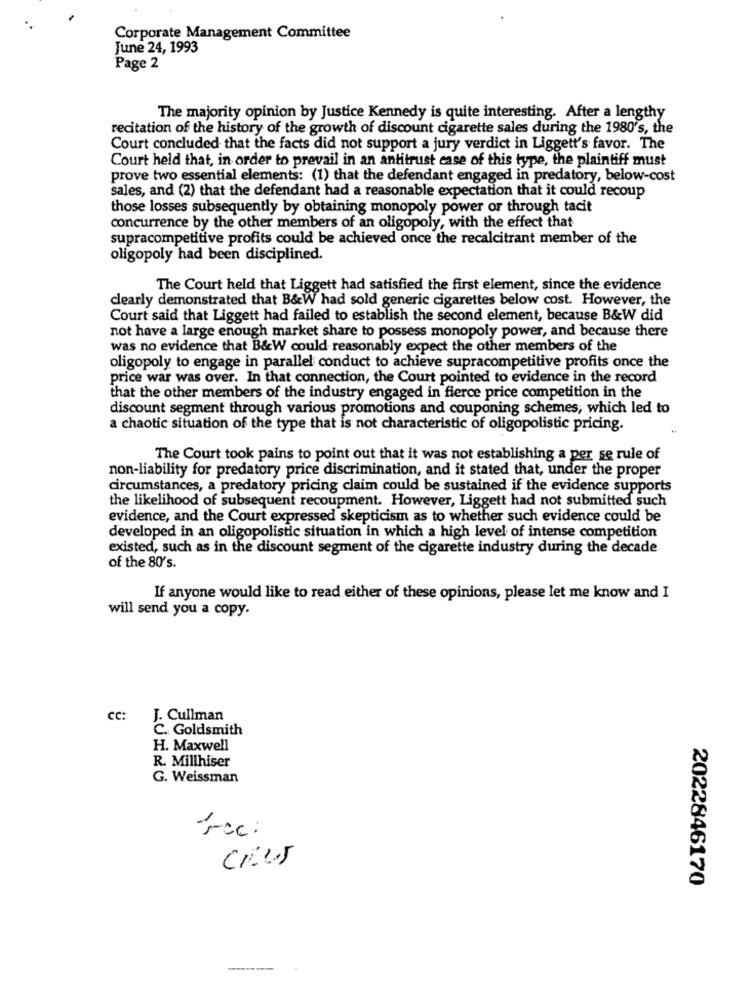
Corporate Management Committee
June 24, 1993
Page 2
The majority opinion by Justice Kennedy is quite interesting. After a lengthy
recitation of the history of the growth of discount cigarette sales during the 1980's, the
Court concluded that the facts did not support a jury verdict in Liggett's favor. The
Court held that, in order to prevail in an antitrust case of this type, the plaintiff must
prove two essential elements: (1) that the defendant engaged in predatory, below-cost
sales, and (2) that the defendant had a reasonable expectation that it could recoup
those losses subsequently by obtaining monopoly power or through tacit
concurrence by the other members of an oligopoly, with the effect that
supracompetitive profits could be achieved once the recalcitrant member of the
oligopoly had been disciplined.
The Court held that Liggett had satisfied the first element, since the evidence
clearly demonstrated that B&W had sold generic cigarettes below cost. However, the
Court said that Liggett had failed to establish the second element, because B&W did
not have a large enough market share to possess monopoly power, and because there
was no evidence that B&W could reasonably expect the other members of the
oligopoly to engage in parallel conduct to achieve supracompetitive profits once the
price war was over. In that connection, the Court pointed to evidence in the record
that the other members of the industry engaged in fierce price competition in the
discount segment through various promotions and couponing schemes, which led to
a chaotic situation of the type that is not characteristic of oligopolistic pricing.
The Court took pains to point out that it was not establishing a per se rule of
non-liability for predatory price discrimination, and it stated that, under the proper
circumstances, a predatory pricing claim could be sustained if the evidence supports
the likelihood of subsequent recoupment. However, Liggett had not submitted such
evidence, and the Court expressed skepticism as to whether such evidence could be
developed in an oligopolistic situation in which a high level of intense competition
existed, such as in the discount segment of the cigarette industry during the decade
of the 80's.
If anyone would like to read either of these opinions, please let me know and I
will send you a copy.
CC:
J. Cullman
C. Goldsmith
H. Maxwell
R. Millhiser
G. Weissman
Tcc:
Crus
2022846170